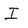
Character: I